Leaving Certificate Examination (including Day School Certificate (Higher) General paper), 1939
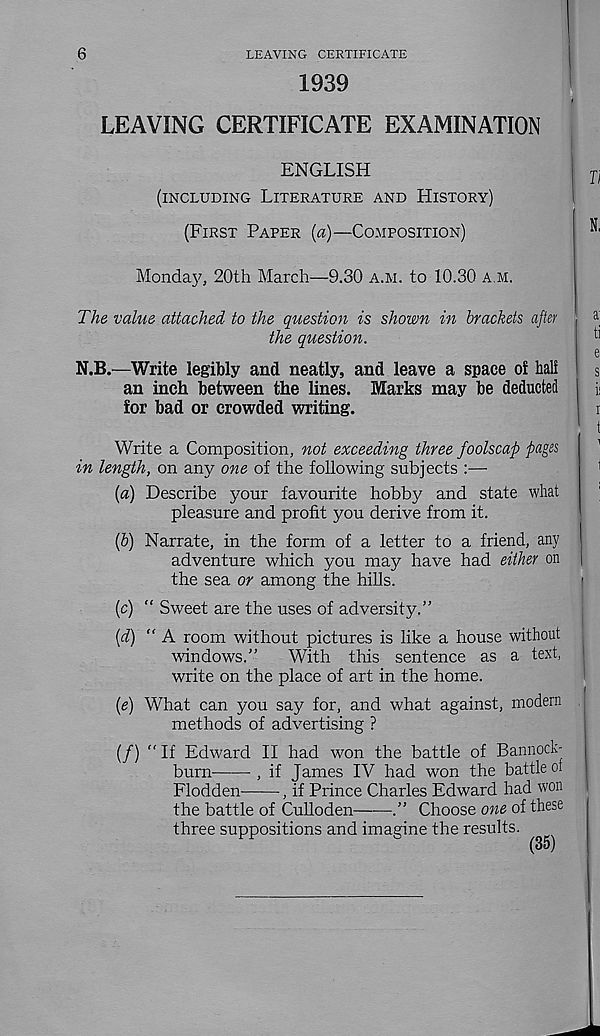
6
LEAVING CERTIFICATE
1939
LEAVING CERTIFICATE EXAMINATION
ENGLISH
(INCLUDING LITERATURE AND HISTORY)
(FIRST PAPER [a)—COMPOSITION)
Monday, 20th March—9.30 A.M. to 10.30 A.M.
The value attached to the question is shown in brackets after
the question.
N.B.—Write legibly and neatly, and leave a space of half
an inch between the lines. Marks may be deducted
for bad or crowded writing.
Write a Composition, not exceeding three foolscap pages
in length, on any one of the following subjects :—•
{a) Describe your favourite hobby and state what
pleasure and profit you derive from it.
(b) Narrate, in the form of a letter to a friend, any
adventure which you may have had either on
the sea or among the hills.
(c) “ Sweet are the uses of adversity.”
(d) “ A room without pictures is like a house without
windows.”
With this sentence as a text,
write on the place of art in the home.
{e) What can you say for, and what against, modern
methods of advertising ?
(/) "If Edward II had won the battle of Bannock-
burn
, if James IV had won the battle of
Flodden
, if Prince Charles Edward had won
the battle of Culloden
.” Choose one of these
three suppositions and imagine the results.
(35)